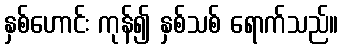
နှစ်ဟောင်း ကုန်၍ နှစ်သစ် ရောက်သည်။